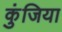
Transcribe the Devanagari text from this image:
कुंजिया